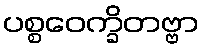
ပစ္စဝေက္ခိတဗ္ဗာ